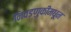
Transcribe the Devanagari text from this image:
निवडणुकींमधून